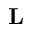
\textbf { L }